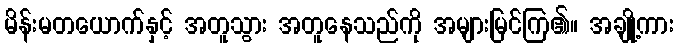
မိန်းမတယောက်နှင့် အတူသွား အတူနေသည်ကို အများမြင်ကြ၏။ အချို့ကား